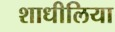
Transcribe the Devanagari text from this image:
शाधीलिया